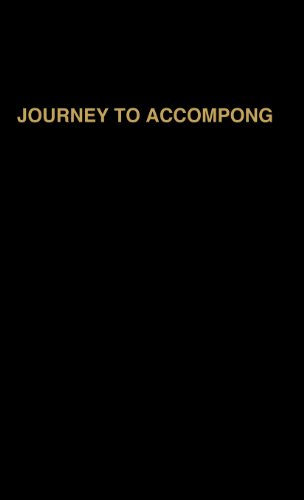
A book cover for Journey to Accompong; Katherine Dunham; Travel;